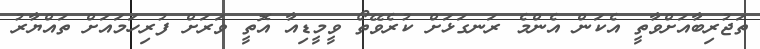
ތަޖުރިބާއަށްވާތީ އެކަން އެންމެ ރަނގަޅަށް ކުރެވޭތޯ ވީމީޑިއާ އޮތީ ވަރަށް ފުރިހަމައަށް ތައްޔާރު